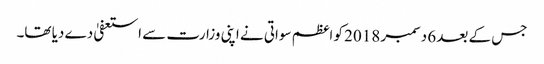
جس کے بعد 6 دسمبر 2018 کو اعظم سواتی نے اپنی وزارت سے استعفیٰ دے دیا تھا۔